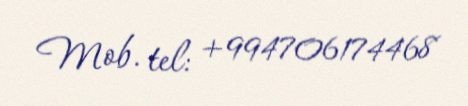
Mob. tel: +994706174468